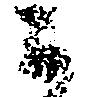
ニ